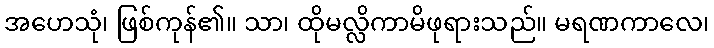
အဟေသုံ၊ ဖြစ်ကုန်၏။ သာ၊ ထိုမလ္လိကာမိဖုရားသည်။ မရဏကာလေ၊